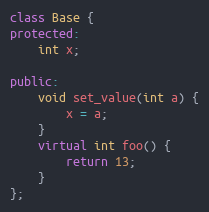
Language: C++
class Base {
protected:
    int x;

public:
    void set_value(int a) {
        x = a;
    }
    virtual int foo() {
        return 13;
    }
};